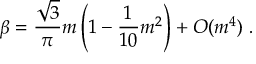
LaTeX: \beta = \frac { \sqrt { 3 } } { \pi } m \left( 1 - \frac { 1 } { 1 0 } m ^ { 2 } \right) + O ( m ^ { 4 } ) \; .